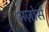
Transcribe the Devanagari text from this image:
अज़ोर्स